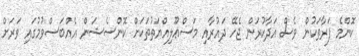
ކޮންމެ ފަރާތަކުން ވެސް އަދާކުރަން ޖެހޭ ދައުރާއި މަސްޢޫލިއްޔަތުތަކަށް ކޮންސެޝަން އެއްބަސްވުމުގައި ވަރަށް